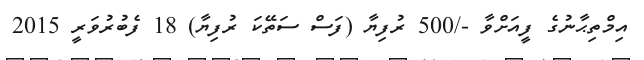
އިމްތިޙާނުގެ ފީއަށްވާ -/500 ރުފިޔާ (ފަސް ސަތޭކަ ރުފިޔާ) 18 ފެބުރުވަރީ 2015